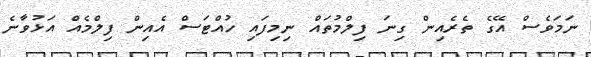
ނަމަވެސް އޭގެ ތެރެއިން ގިނަ ފިލްމުތައް ނިމިފައި ހުއްޓަސް އެއިން ފިލްމެއް އަޅުވާނެ